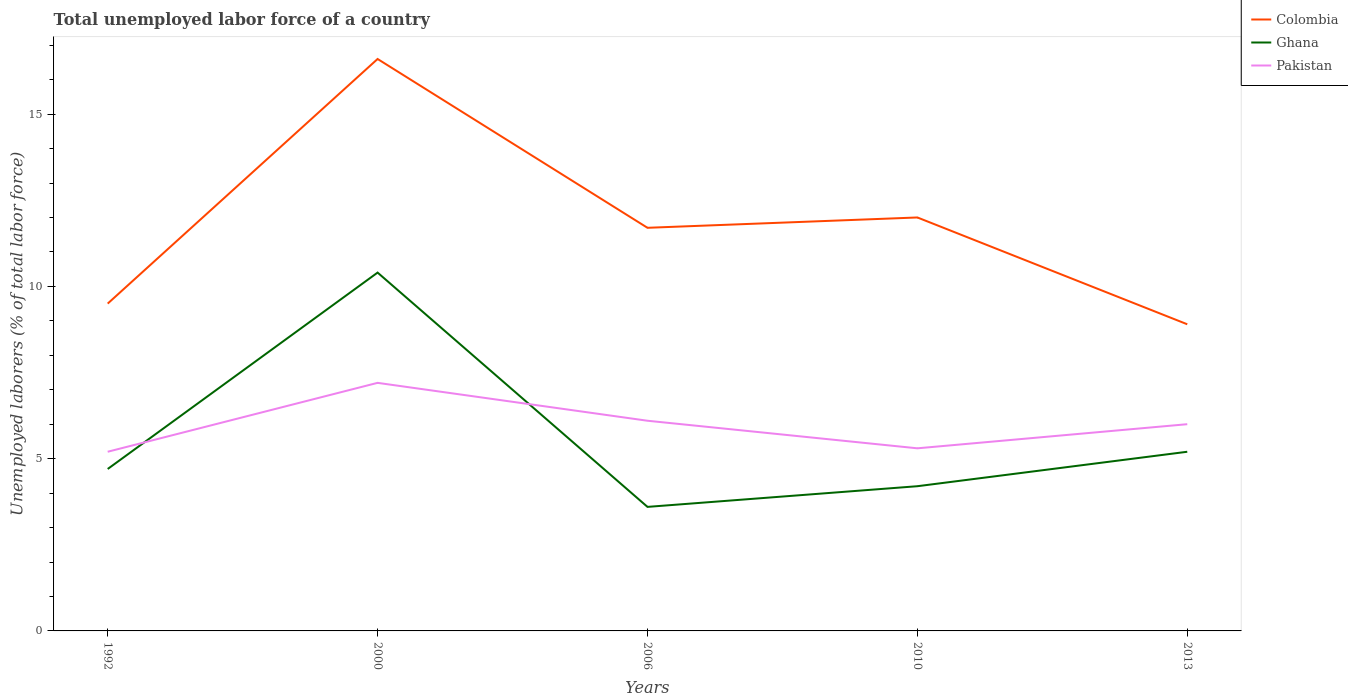
| Years | Colombia | Ghana | Pakistan |
 | --- | --- | --- | --- |
 | 1992 | 9.5 | 4.7 | 5.2 |
 | 2000 | 16.6 | 10.4 | 7.2 |
 | 2006 | 11.7 | 3.6 | 6.1 |
 | 2010 | 12 | 4.2 | 5.3 |
 | 2013 | 8.9 | 5.2 | 6 |